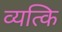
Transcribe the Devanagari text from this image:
व्यत्कि